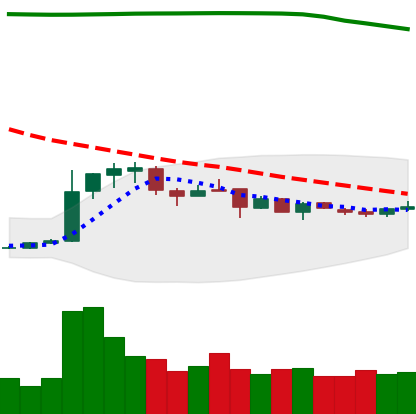
Ticker: DOGE-USD
Chart end date: 2019-01-02
Forward return: -5.069%
Label: down_5_7